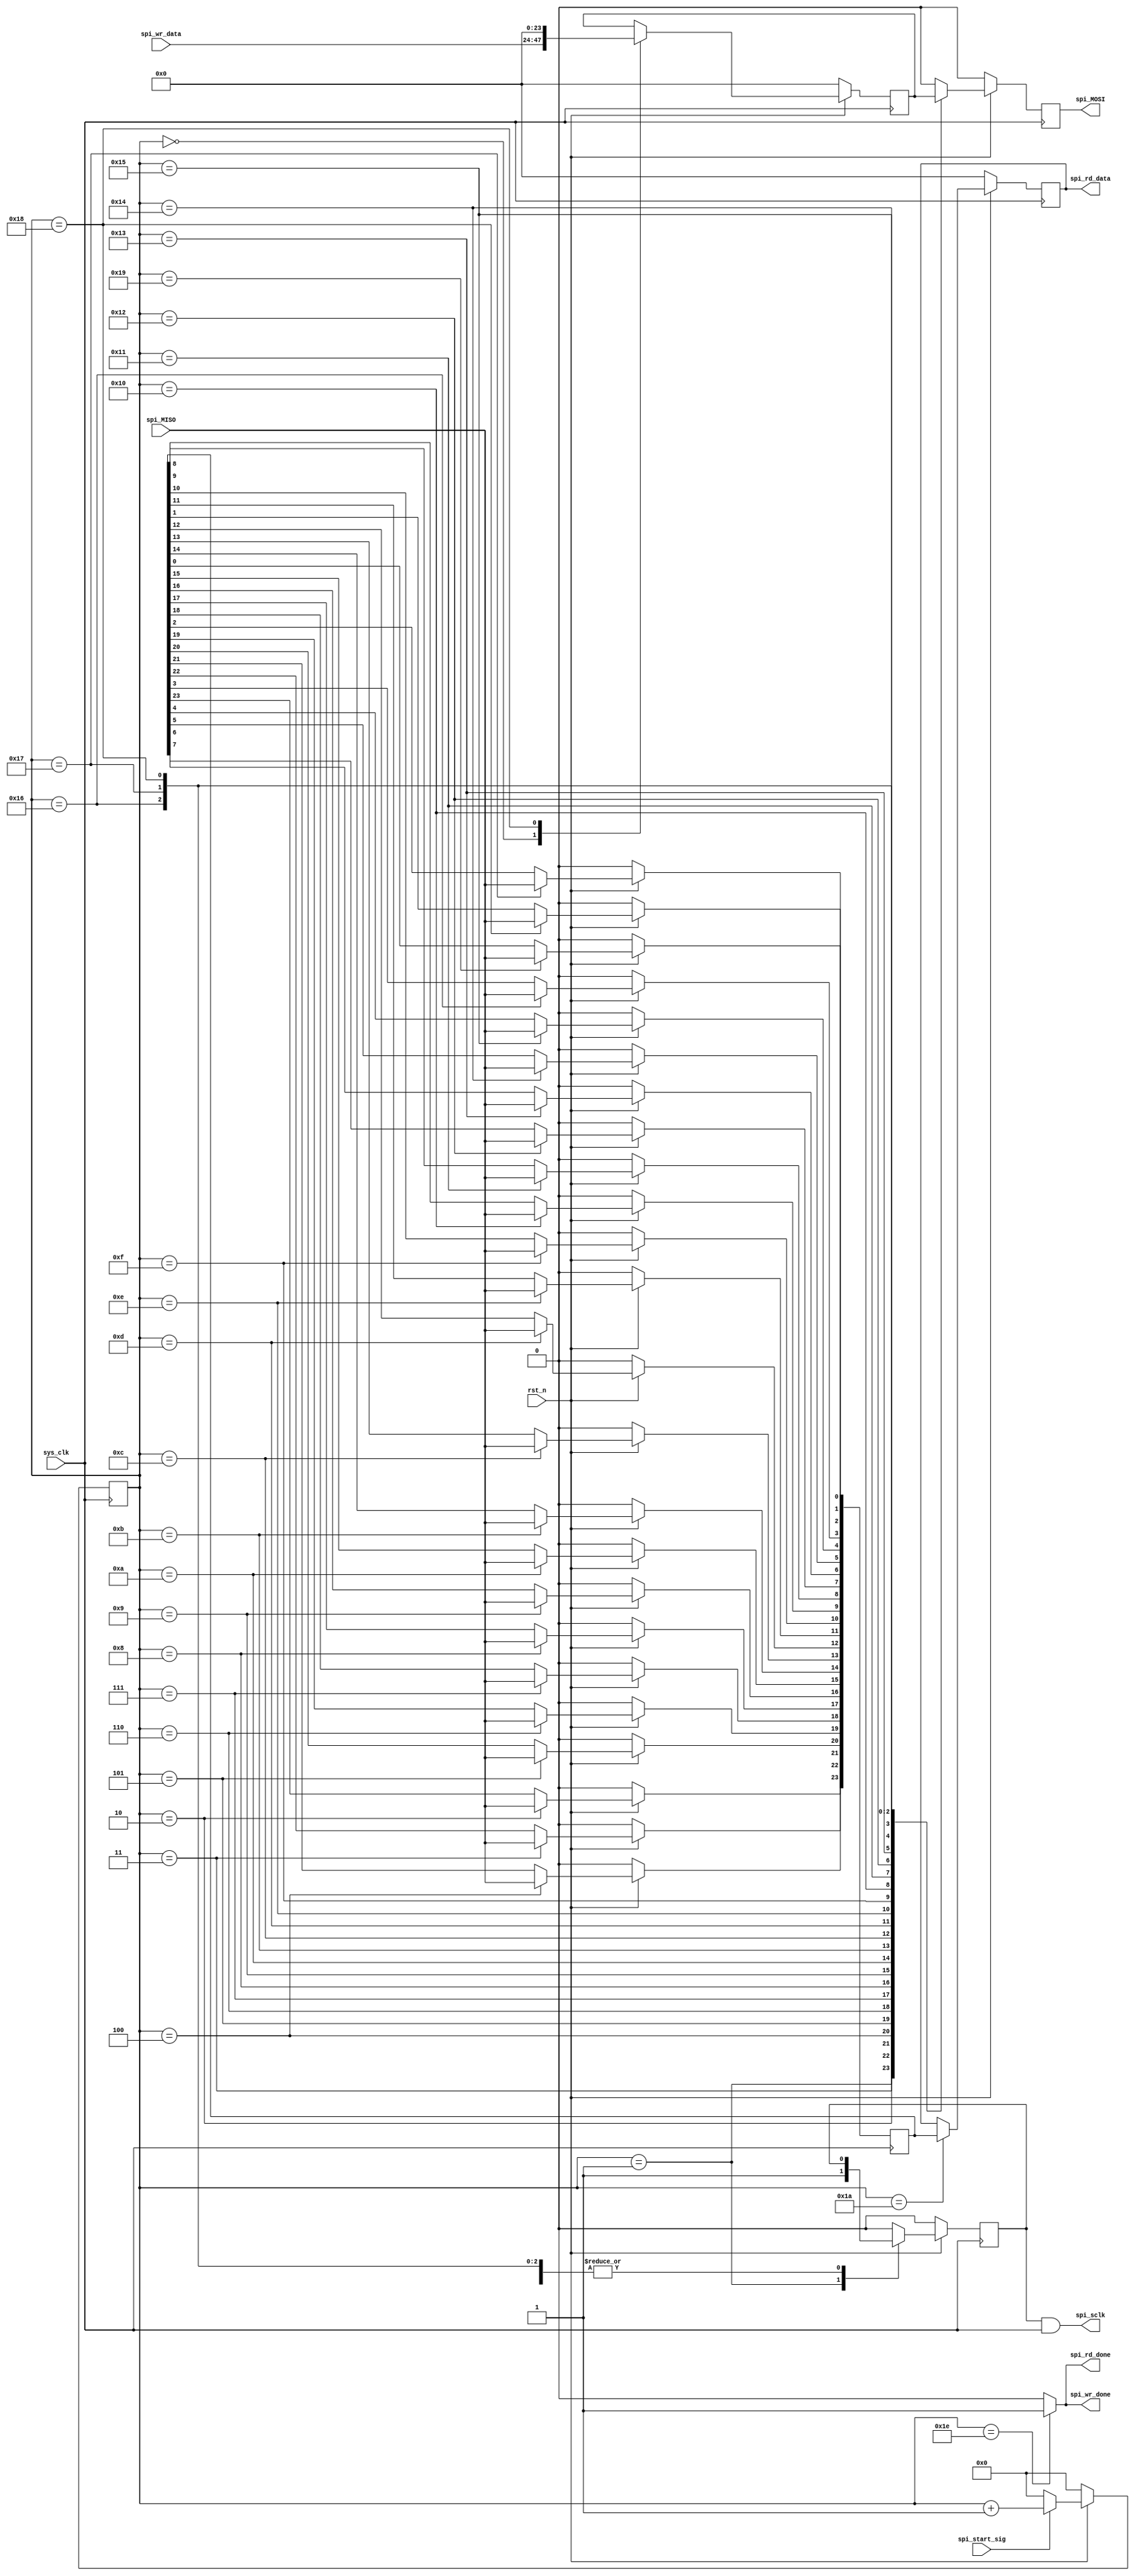
`timescale 1ns / 1ps
//////////////////////////////////////////////////////////////////////////////////
// Company: Jilin Uni
// 
// Design Name: 
// Module Name: spi_driver
// Project Name: 
// Target Devices: 
// Tool Versions: 
// Description: 
// SPIADS1256
// Dependencies: 
// 
// Revision:
// Revision 0.01 - File Created
// Additional Comments:
// 
//////////////////////////////////////////////////////////////////////////////////


module spi_driver(
    input sys_clk,
    input rst_n,
    input spi_start_sig,
    input [23:0] spi_wr_data,
    input spi_MISO,
    output reg [23:0] spi_rd_data,
    output reg spi_MOSI,
    output spi_rd_done,
    output spi_wr_done,
    output spi_sclk
);


    reg [23:0] wr_data_buf;//
    reg [23:0] rd_data_buf;
    reg [4:0] clk_cnt;
    reg clk_valid;

    //
    assign spi_wr_done = (clk_cnt[4:0] == 5'd30) ? 1'b1 : 1'b0;
    assign spi_rd_done = (clk_cnt[4:0] == 5'd30) ? 1'b1 : 1'b0;

    assign spi_sclk = clk_valid & sys_clk;

    // start_sig
    always @(posedge sys_clk) begin
        if(rst_n == 1'b0)begin
            clk_cnt[4:0] <= 5'd0;
        end
        else if(spi_start_sig == 1) begin
            clk_cnt[4:0] <= clk_cnt[4:0] + 5'd1;
        end
        else begin
            clk_cnt[4:0] <= 5'd0;
        end
    end

    //FPGA
    always @(posedge sys_clk) begin
        if(rst_n == 1'b0) begin
            spi_MOSI <= 1'b0;
            wr_data_buf[23:0] <= 24'd0;
        end
        else begin
            case(clk_cnt)
                5'd0 : begin
                    spi_MOSI <= 1'b0;
                    wr_data_buf[23:0] <= spi_wr_data[23:0];
                end
                5'd1 : spi_MOSI <= wr_data_buf[23];
                5'd2 : spi_MOSI <= wr_data_buf[22];
                5'd3 : spi_MOSI <= wr_data_buf[21];
                5'd4 : spi_MOSI <= wr_data_buf[20];
                5'd5 : spi_MOSI <= wr_data_buf[19];
                5'd6 : spi_MOSI <= wr_data_buf[18];
                5'd7 : spi_MOSI <= wr_data_buf[17];
                5'd8 : spi_MOSI <= wr_data_buf[16];
                5'd9 : spi_MOSI <= wr_data_buf[15];
                5'd10 : spi_MOSI <= wr_data_buf[14];
                5'd11 : spi_MOSI <= wr_data_buf[13];
                5'd12 : spi_MOSI <= wr_data_buf[12];
                5'd13 : spi_MOSI <= wr_data_buf[11];
                5'd14 : spi_MOSI <= wr_data_buf[10];
                5'd15 : spi_MOSI <= wr_data_buf[9];
                5'd16 : spi_MOSI <= wr_data_buf[8];
                5'd17 : spi_MOSI <= wr_data_buf[7];
                5'd18 : spi_MOSI <= wr_data_buf[6];
                5'd19 : spi_MOSI <= wr_data_buf[5];
                5'd20 : spi_MOSI <= wr_data_buf[4];
                5'd21 : spi_MOSI <= wr_data_buf[3];
                5'd22 : spi_MOSI <= wr_data_buf[2];
                5'd23 : spi_MOSI <= wr_data_buf[1];
                5'd24 : begin
                    spi_MOSI <= wr_data_buf[0];
                    wr_data_buf <= 0;
                end
                default : spi_MOSI <= 1'b0;
            endcase
        end
    end

    //FPGA
    always @(negedge sys_clk) begin
        if(rst_n == 1'b0) begin
            clk_valid <= 1'b0;
            rd_data_buf[23:0] <= 24'd0;
            spi_rd_data[23:0] <= 24'd0;
        end
        else begin
            case(clk_cnt)
                5'd0 : clk_valid <= 1'b0;
                5'd1 : clk_valid <= 1'b1;
                5'd2 : rd_data_buf[23] <= spi_MISO;
                5'd3 : rd_data_buf[22] <= spi_MISO;
                5'd4 : rd_data_buf[21] <= spi_MISO;
                5'd5 : rd_data_buf[20] <= spi_MISO;
                5'd6 : rd_data_buf[19] <= spi_MISO;
                5'd7 : rd_data_buf[18] <= spi_MISO;
                5'd8 : rd_data_buf[17] <= spi_MISO;
                5'd9 : rd_data_buf[16] <= spi_MISO;
                5'd10 : rd_data_buf[15] <= spi_MISO;
                5'd11 : rd_data_buf[14] <= spi_MISO;
                5'd12 : rd_data_buf[13] <= spi_MISO;
                5'd13 : rd_data_buf[12] <= spi_MISO;
                5'd14 : rd_data_buf[11] <= spi_MISO;
                5'd15 : rd_data_buf[10] <= spi_MISO;
                5'd16 : rd_data_buf[9] <= spi_MISO;
                5'd17 : rd_data_buf[8] <= spi_MISO;
                5'd18 : rd_data_buf[7] <= spi_MISO;
                5'd19 : rd_data_buf[6] <= spi_MISO;
                5'd20 : rd_data_buf[5] <= spi_MISO;
                5'd21 : rd_data_buf[4] <= spi_MISO;
                5'd22 : rd_data_buf[3] <= spi_MISO;
                5'd23 : rd_data_buf[2] <= spi_MISO;
                5'd24 : rd_data_buf[1] <= spi_MISO;
                5'd25 : begin
                    clk_valid <= 1'b0;
                    rd_data_buf[0] <= spi_MISO;
                end
                5'd26 : spi_rd_data[23:0] <= rd_data_buf[23:0];
                default : clk_valid <= 1'b0;
            endcase
        end
    end
    

endmodule